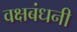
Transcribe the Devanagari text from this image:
वक्षबंधनी